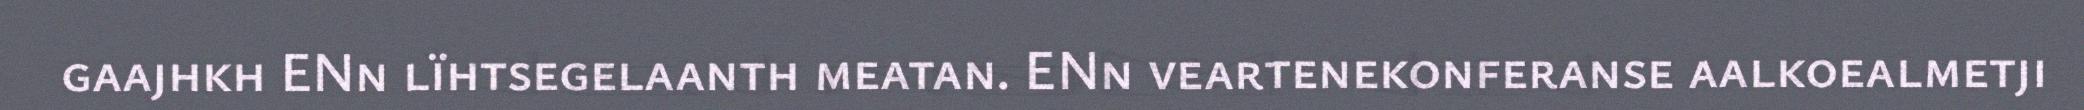
gaajhkh ENn lïhtsegelaanth meatan. ENn veartenekonferanse aalkoealmetji